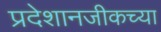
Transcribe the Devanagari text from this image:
प्रदेशानजीकच्या